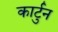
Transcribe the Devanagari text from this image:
कार्टुन